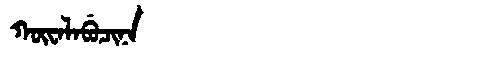
Manchu: ᡴᡡᠸᠠᠯᠠᠪᡠᠴᡳᠨᠠ
Romanization: KŪWALABUCINA